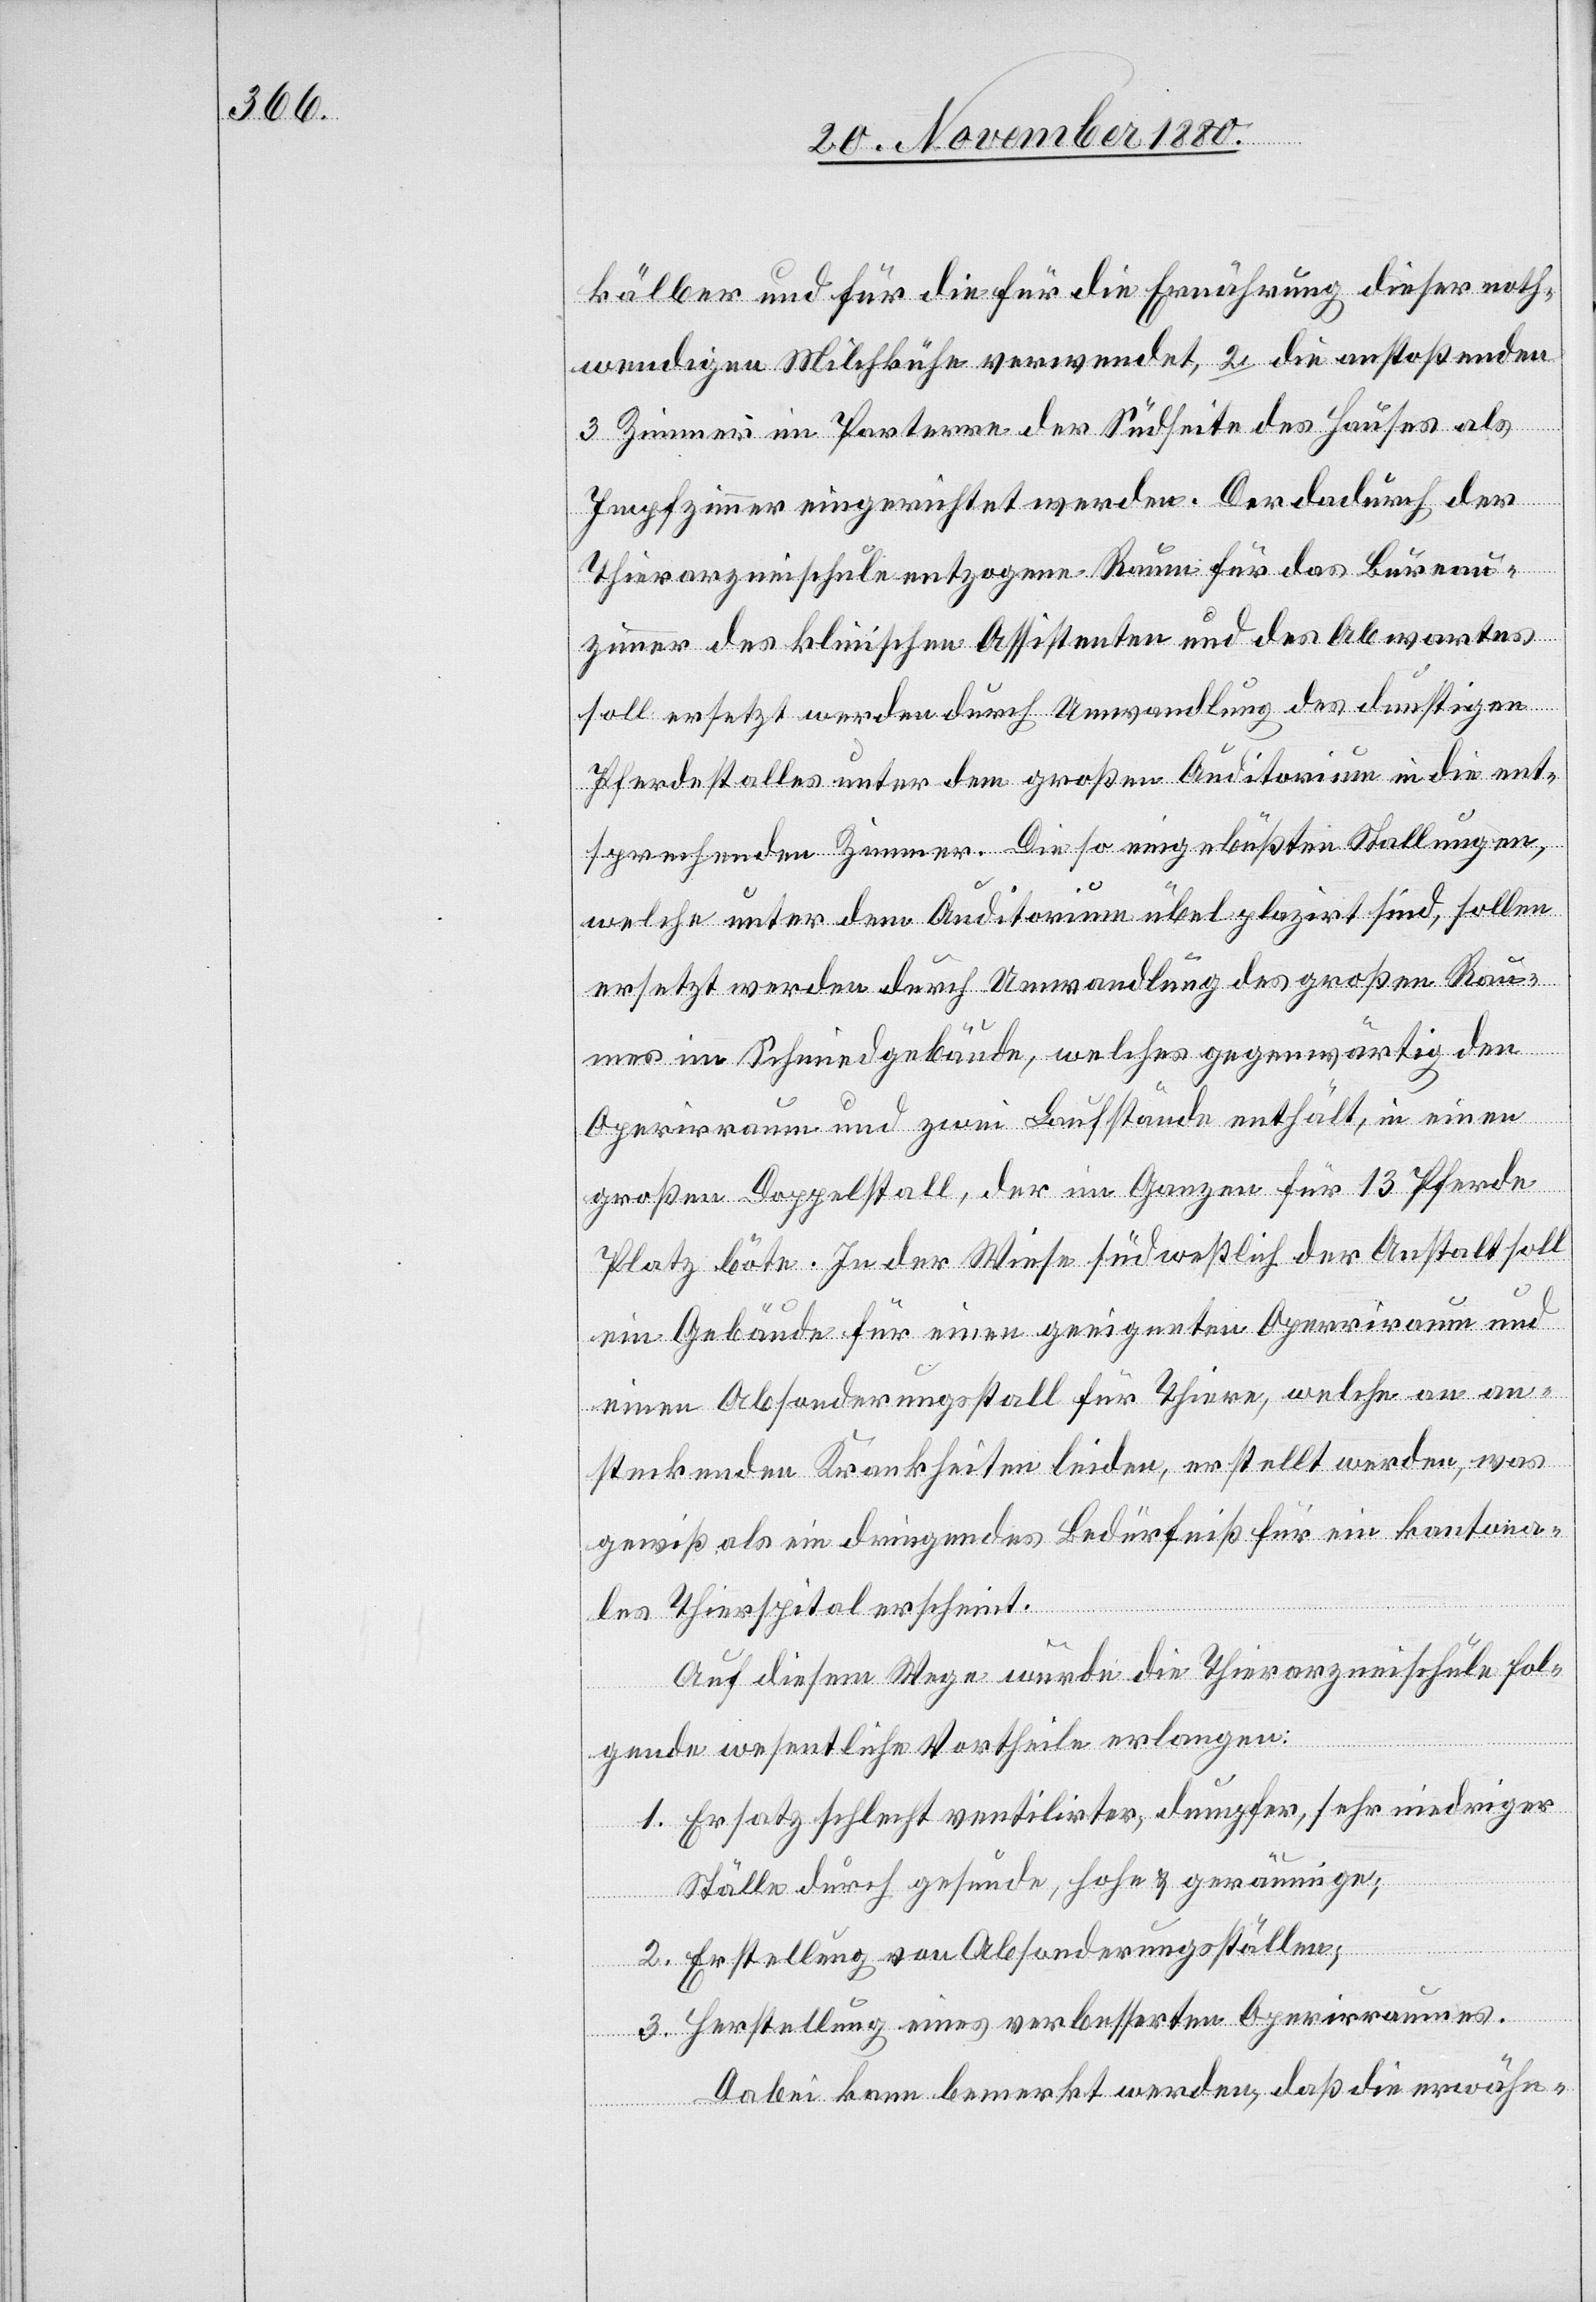
kälber und für die für die Ernährung dieser noth¬
wendigen Milchkühe verwendet, 2. die anstoßenden
3 Zimmer im Parterre der Südseite des Hauses als
Impfzimmer eingerichtet werden. Der dadurch der
Thierarzneischule entzogene Raum für das Bureau¬
zimmer des klinischen Assistenten und des Abwartes
soll ersetzt werden durch Umwandlung des dunstigen
Pferdestalles unter dem großen Auditorium in die ent¬
sprechenden Zimmer. die so eingebüßten Stallungen,
welche unter dem Auditorium übel plazirt sind, sollen
ersetzt werden durch Umwandlung des großen Rau¬
mes im Schmiedgebäude, welches gegenwärtig der
Operirraum und zwei Laufstände enthält, in einen
großen Doppelstall, der im Ganzen für 13 Pferde
Platz böte. In der Wiese südwestlich der Anstalt soll
ein Gebäude für einen geeigneten Operirraum und
einen Absonderungsstall für Thiere, welche an an¬
steckenden Krankheiten leiden, erstellt werden, was
gewiß als ein dringendes Bedürfniß für ein kantona¬
les Thierspital erscheint.
Auf diesem Wege würde die Thierarzneischule fol¬
gende wesentliche Vortheile erlangen:
1. Ersatz schlecht ventilirter, dumpfer, sehr niedriger
Ställe durch gesunde, hohe & geräumige;
2. Erstellung von Absonderungsställen;
3. Herstellung eines verbesserten Operriraumes.
Dabei kann bemerkt werden, daß die erwähn-